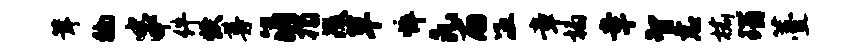
茸徜串件炊尊涓揭没草悴凡雨冱章榻幸智恚榆瑙薹